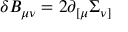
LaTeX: \delta B _ { \mu \nu } = 2 \partial _ { [ \mu } \Sigma _ { \nu ] } \,